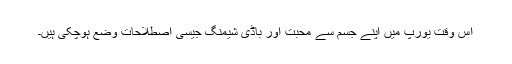
اس وقت یورپ میں اپنے جسم سے محبت اور باڈی شیمنگ جیسی اصطلاحات وضع ہوچکی ہیں۔